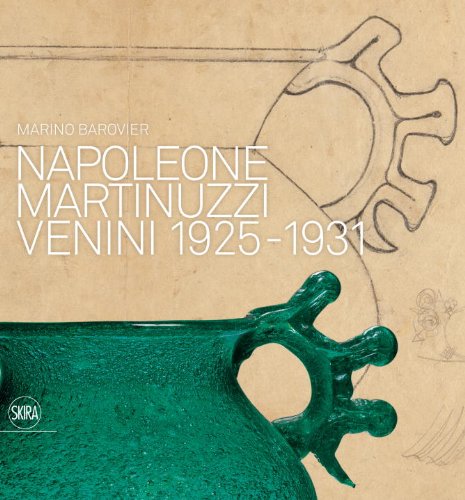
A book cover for Napoleone Martinuzzi: Venini 1925-1931; Marino Barovier; Crafts, Hobbies & Home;